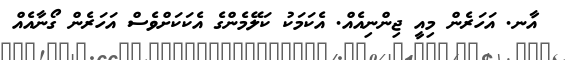
އާނ. އަހަރެން މިއީ ޖިންނިއެއް. އެކަމަކު ކަލޭމެންގެ އެކަކަށްވެސް އަހަރެން ގޯނާއެއް